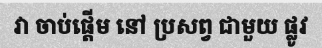
វា ចាប់ផ្តើម នៅ ប្រសព្វ ជាមួយ ផ្លូវ